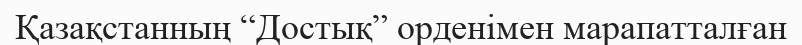
Қазақстанның “Достық” орденімен марапатталған